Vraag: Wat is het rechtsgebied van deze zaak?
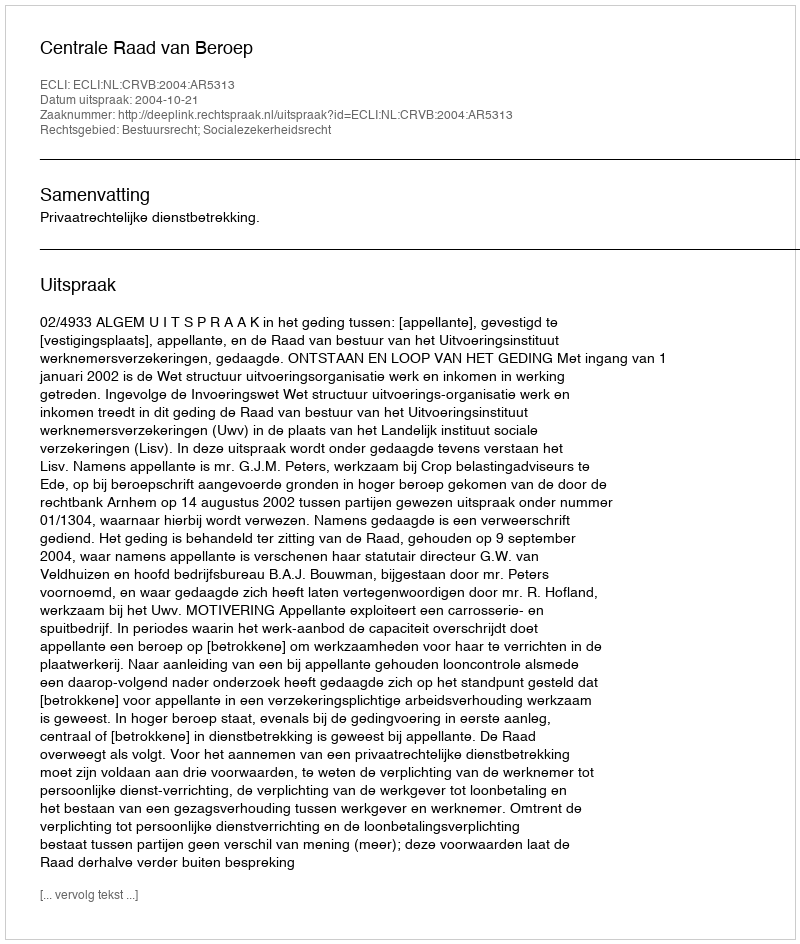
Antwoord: Bestuursrecht; Socialezekerheidsrecht